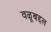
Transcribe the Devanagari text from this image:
वळूबद्दल